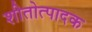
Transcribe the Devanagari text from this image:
शीतोत्पादक